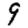
Digit: 9